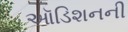
ઑડિશનની